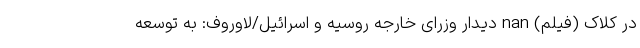
در کلاک (فیلم) nan دیدار وزرای خارجه روسیه و اسرائیل/لاوروف: به توسعه